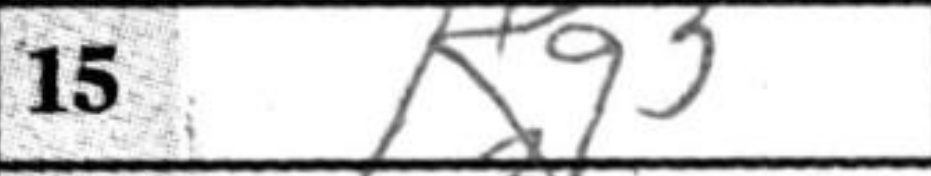
Transcription: Kg3